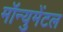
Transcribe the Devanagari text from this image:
मॉन्युमेंटल